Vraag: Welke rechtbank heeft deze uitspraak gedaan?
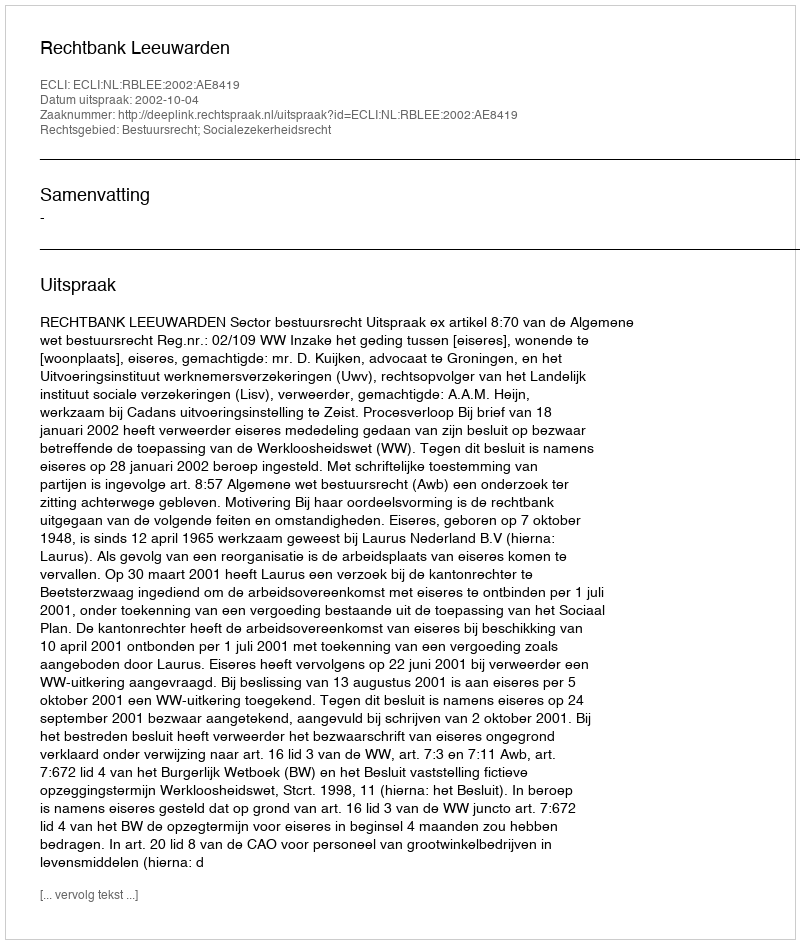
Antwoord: Rechtbank Leeuwarden